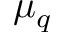
\mu _ { q }